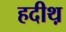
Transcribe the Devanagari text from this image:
हदीथ़